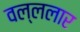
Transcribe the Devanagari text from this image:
वल्ललार